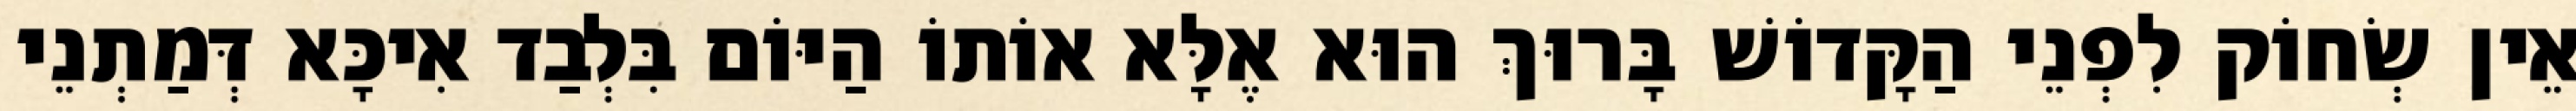
אֵין שְׂחוֹק לִפְנֵי הַקָּדוֹשׁ בָּרוּךְ הוּא אֶלָּא אוֹתוֹ הַיּוֹם בִּלְבַד אִיכָּא דְּמַתְנֵי